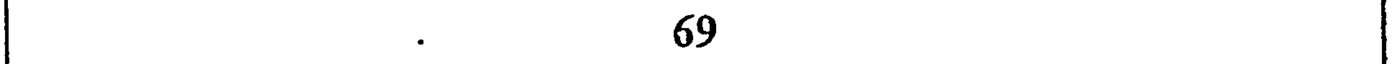
69